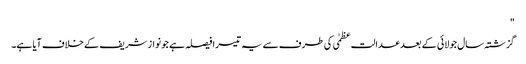
"
گزشتہ سال جولائی کے بعد عدالت عظمٰی کی طرف سے یہ تیسرا فیصلہ ہے جو نواز شریف کے خلاف آیا ہے۔